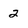
Character: 2